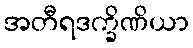
အတီရဒက္ခိဏိယာ